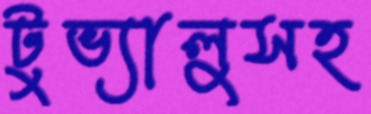
টুভ্যালুসহ